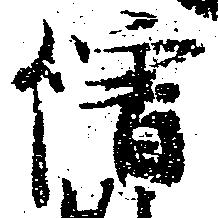
僧